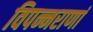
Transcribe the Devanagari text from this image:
विपन्नराणां